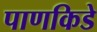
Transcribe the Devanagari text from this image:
पाणकिडे